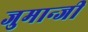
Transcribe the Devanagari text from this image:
जुमान्जी